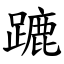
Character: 蹗